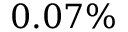
0 . 0 7 \%